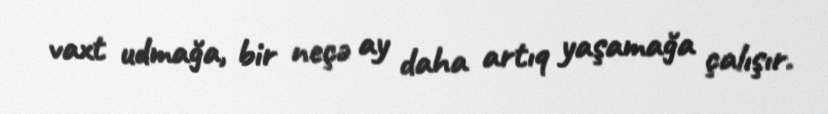
vaxt udmağa, bir neçə ay daha artıq yaşamağa çalışır.